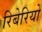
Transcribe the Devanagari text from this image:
रिबेरियो